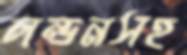
লন্ডনসহ